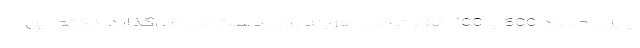
چیزی حدود 600 یا 500 هزار تومان هزینه روی دست‌مان می‌گذارد. نکته این